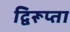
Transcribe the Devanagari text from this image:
द्विरूप्ता